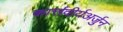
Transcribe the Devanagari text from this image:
कार्त्तवीर्यअर्जुन